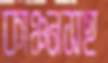
কাঞ্চনসহ